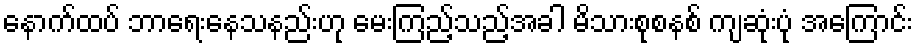
နောက်ထပ် ဘာရေးနေသနည်းဟု မေးကြည့်သည့်အခါ မိသားစုစနစ် ကျဆုံးပုံ အကြောင်း